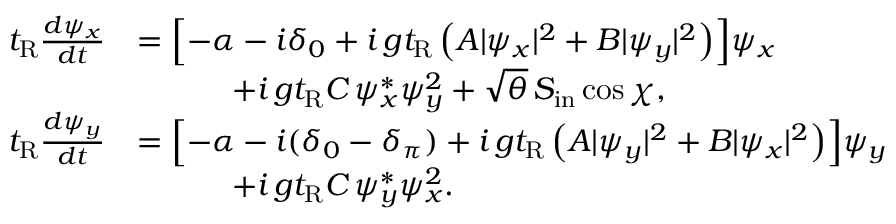
\begin{array} { r l } { t _ { \mathrm { R } } \frac { d \psi _ { x } } { d t } } & { = \Bigl [ - \alpha - i \delta _ { 0 } + i \, g t _ { \mathrm { R } } \left( A | \psi _ { x } | ^ { 2 } + B | \psi _ { y } | ^ { 2 } \right) \Bigr ] \psi _ { x } } \\ & { \qquad \quad + i \, g t _ { \mathrm { R } } C \, \psi _ { x } ^ { * } \psi _ { y } ^ { 2 } + \sqrt { \theta } \, S _ { \mathrm { i n } } \cos \chi , } \\ { t _ { \mathrm { R } } \frac { d \psi _ { y } } { d t } } & { = \Bigl [ - \alpha - i ( \delta _ { 0 } - \delta _ { \pi } ) + i \, g t _ { \mathrm { R } } \left( A | \psi _ { y } | ^ { 2 } + B | \psi _ { x } | ^ { 2 } \right) \Bigr ] \psi _ { y } } \\ & { \qquad \quad + i \, g t _ { \mathrm { R } } C \, \psi _ { y } ^ { * } \psi _ { x } ^ { 2 } . } \end{array}